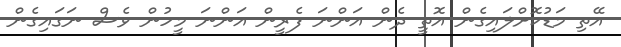
އޭތި މަޑުކޮށްލައިގެން އޮތީ ދެން އަންނަ ފެރީން އަންނަ މީހުން ވެސް ނަގައިގެން